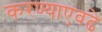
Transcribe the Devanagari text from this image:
करण्याएवढे